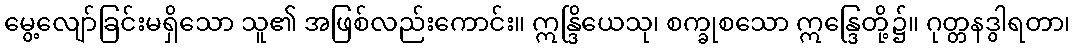
မွေ့လျော်ခြင်းမရှိသော သူ၏ အဖြစ်လည်းကောင်း။ ဣန္ဒြိယေသု၊ စက္ခုစသော ဣန္ဒြေတို့၌။ ဂုတ္တနဒွါရတာ၊